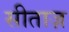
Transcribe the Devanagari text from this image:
सीताज़